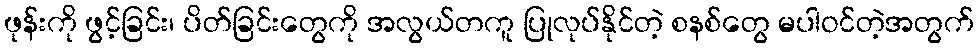
ဖုန်းကို ဖွင့်ခြင်း၊ ပိတ်ခြင်းတွေကို အလွယ်တကူ ပြုလုပ်နိုင်တဲ့ စနစ်တွေ မပါဝင်တဲ့အတွက်